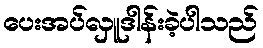
ပေးအပ်လှူဒါန်းခဲ့ပါသည်